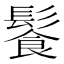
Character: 𩮍